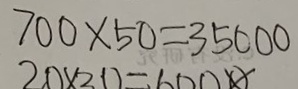
7 0 0 \times 5 0 = 3 5 0 0 0